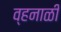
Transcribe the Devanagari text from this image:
व्हनाळी